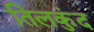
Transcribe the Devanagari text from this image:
तिलकुंद